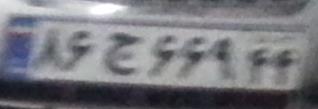
۸۶ج۶۶۹۴۴